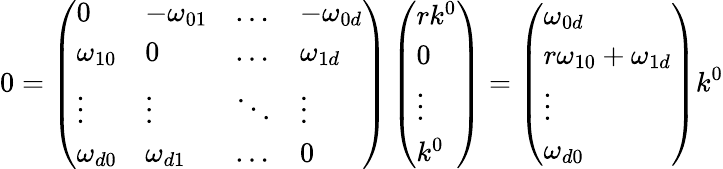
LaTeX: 0=\left(\begin{array}{llll}{{0}}&{{-\omega_{01}}}&{{\ldots}}&{{-\omega_{0d}}}\\ {{\omega_{10}}}&{{0}}&{{\ldots}}&{{\omega_{1d}}}\\ {{\vdots}}&{{\vdots}}&{{\ddots}}&{{\vdots}}\\ {{\omega_{d0}}}&{{\omega_{d1}}}&{{\ldots}}&{{0}}\end{array}\right)\left(\begin{array}{l}{{rk^{0}}}\\ {{0}}\\ {{\vdots}}\\ {{k^{0}}}\end{array}\right)=\left(\begin{array}{l}{{\omega_{0d}}}\\ {{r\omega_{10}+\omega_{1d}}}\\ {{\vdots}}\\ {{\omega_{d0}}}\end{array}\right)k^{0}